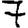
Digit: 7